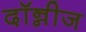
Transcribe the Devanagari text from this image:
दॉन्नीज